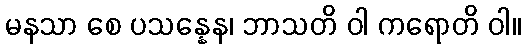
မနသာ စေ ပသန္နေန၊ ဘာသတိ ဝါ ကရောတိ ဝါ။